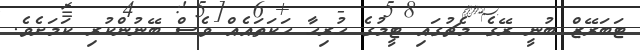
ޓަބަރޭޒް ބުނީ ރޭގެ މެޗުގައި ޓީމުގެ ހުރިހާ ހަކަތައެއް ވެސް ބޭނުންކުރި ކަމަށެވެ.